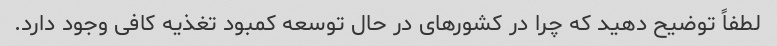
لطفاً توضیح دهید که چرا در کشورهای در حال توسعه کمبود تغذیه کافی وجود دارد.